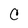
Character: C